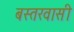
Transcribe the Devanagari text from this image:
बस्तरवासी